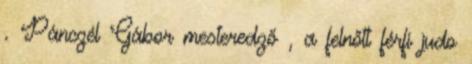
. Pánczél Gábor mesteredző , a felnőtt férfi judo